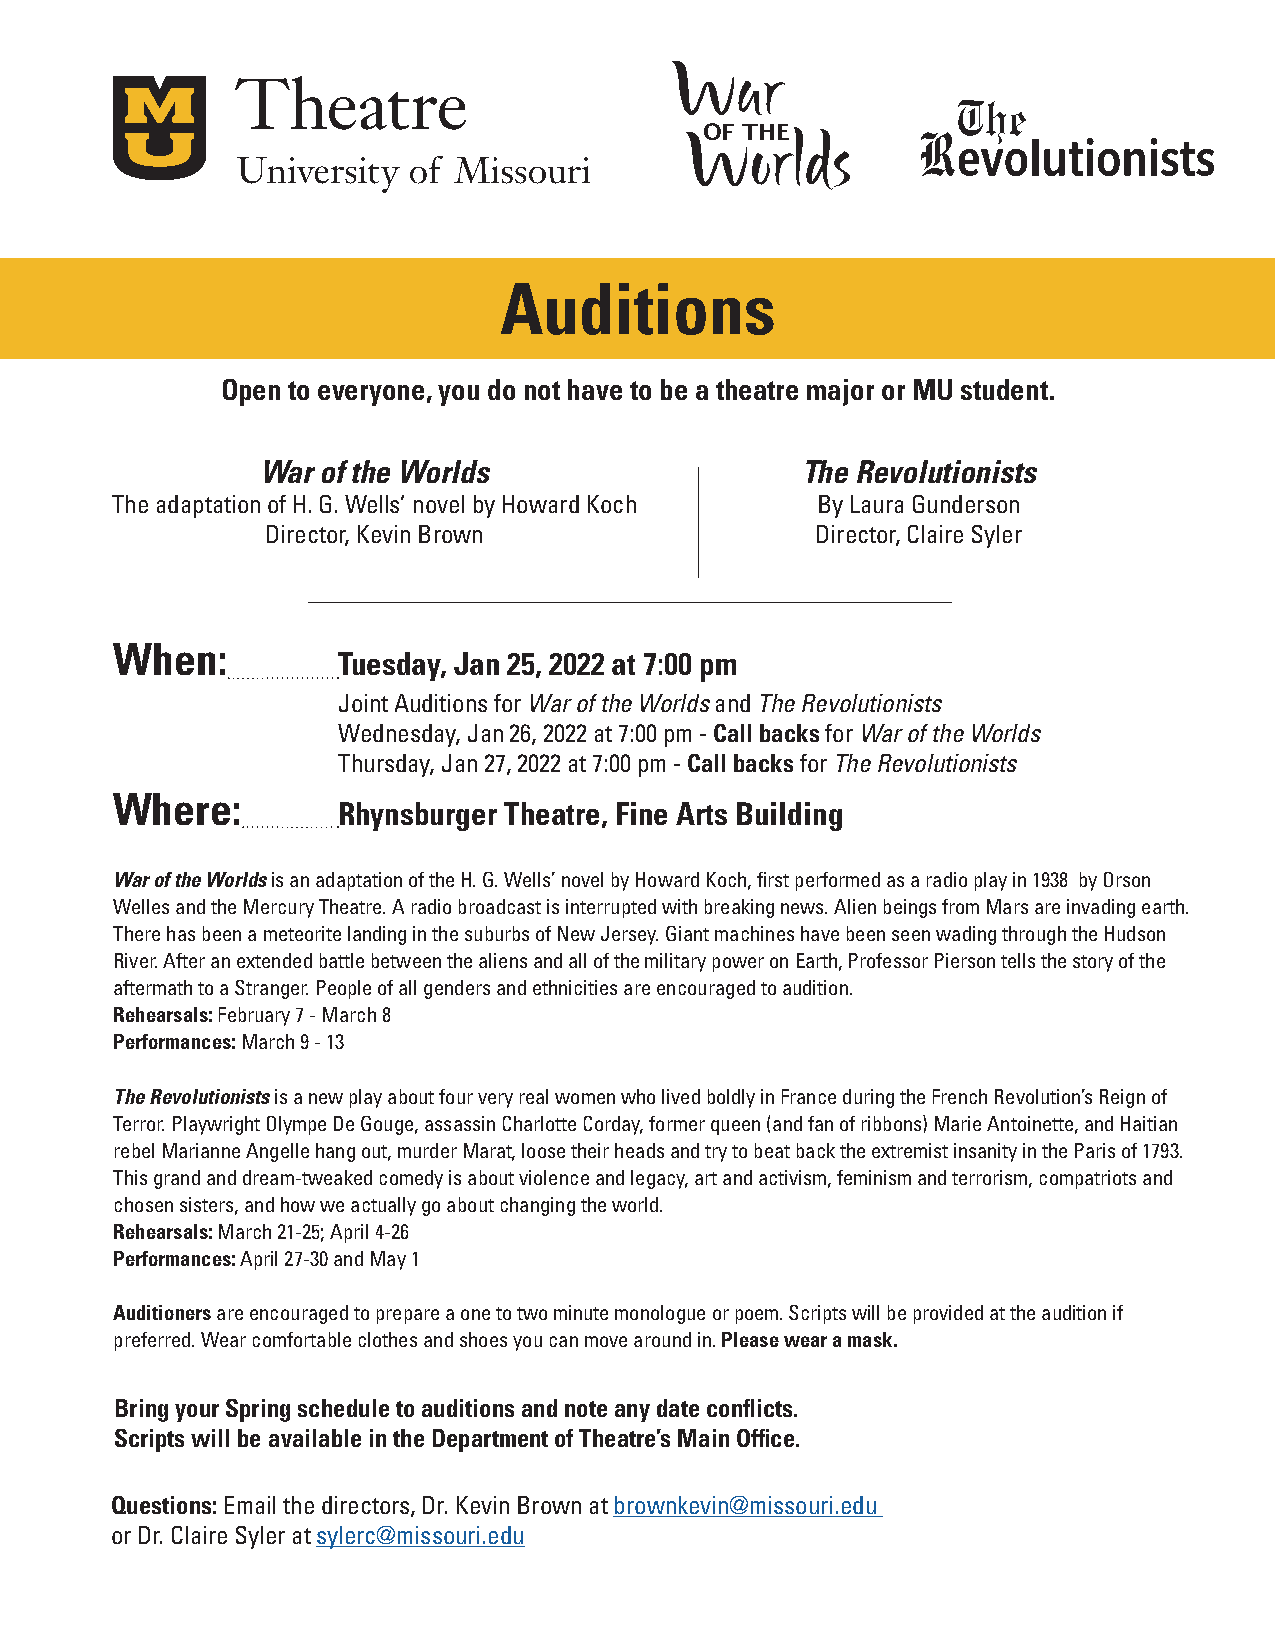
War
 The
 OF THE        Revolutionists
 Worlds
 Auditions
 Open to everyone, you do not have to be a theatre major or MU student.
 War of the Worlds                   The Revolutionists
 The adaptation of H. G. Wells’ novel by Howard Koch By Laura Gunderson
 Director, Kevin Brown               Director, Claire Syler
 When:
 Tuesday, Jan 25, 2022 at 7:00 pm
 Joint Auditions for War of the Worlds and The Revolutionists
 Wednesday, Jan 26, 2022 at 7:00 pm - Call backs for War of the Worlds
 Thursday, Jan 27, 2022 at 7:00 pm - Call backs for The Revolutionists
 Where:
 Rhynsburger Theatre, Fine Arts Building
 War of the Worlds is an adaptation of the H. G. Wells’ novel by Howard Koch, first performed as a radio play in 1938 by Orson
 Welles and the Mercury Theatre. A radio broadcast is interrupted with breaking news. Alien beings from Mars are invading earth.
 There has been a meteorite landing in the suburbs of New Jersey. Giant machines have been seen wading through the Hudson
 River. After an extended battle between the aliens and all of the military power on Earth, Professor Pierson tells the story of the
 aftermath to a Stranger. People of all genders and ethnicities are encouraged to audition.
 Rehearsals: February 7 - March 8
 Performances: March 9 - 13
 The Revolutionists is a new play about four very real women who lived boldly in France during the French Revolution’s Reign of
 Terror. Playwright Olympe De Gouge, assassin Charlotte Corday, former queen (and fan of ribbons) Marie Antoinette, and Haitian
 rebel Marianne Angelle hang out, murder Marat, loose their heads and try to beat back the extremist insanity in the Paris of 1793.
 This grand and dream-tweaked comedy is about violence and legacy, art and activism, feminism and terrorism, compatriots and
 chosen sisters, and how we actually go about changing the world.
 Rehearsals: March 21-25; April 4-26
 Performances: April 27-30 and May 1
 Auditioners are encouraged to prepare a one to two minute monologue or poem. Scripts will be provided at the audition if
 preferred. Wear comfortable clothes and shoes you can move around in. Please wear a mask.
 Bring your Spring schedule to auditions and note any date conflicts.
 Scripts will be available in the Department of Theatre’s Main Office.
 Questions: Email the directors, Dr. Kevin Brown at brownkevin@missouri.edu
 or Dr. Claire Syler at sylerc@missouri.edu